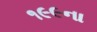
૧૯૯ના